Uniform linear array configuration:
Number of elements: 4
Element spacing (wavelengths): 1
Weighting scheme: hamming
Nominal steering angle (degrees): -60
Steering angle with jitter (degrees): -58.627
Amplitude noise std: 0.05
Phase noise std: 0.05

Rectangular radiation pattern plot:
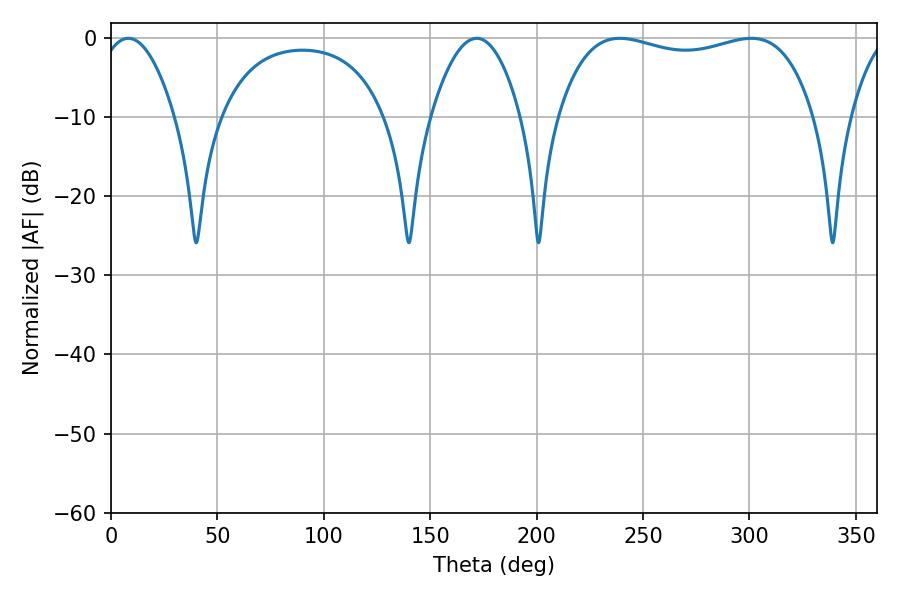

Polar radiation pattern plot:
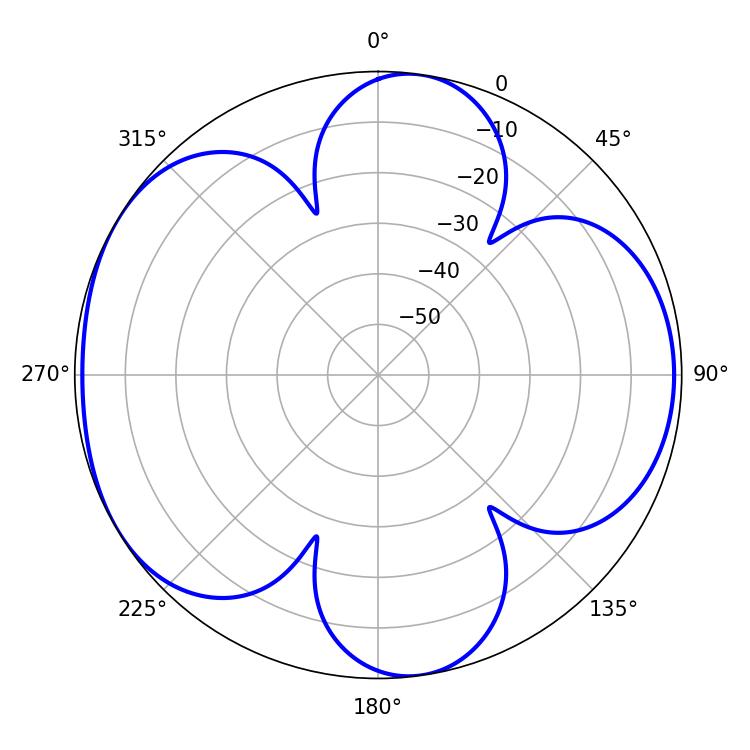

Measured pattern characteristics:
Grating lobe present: TRUE
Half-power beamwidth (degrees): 97.56
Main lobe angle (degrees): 239.04